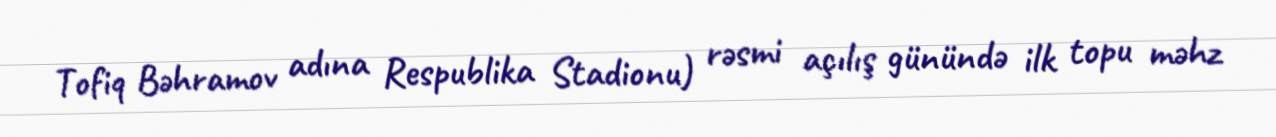
Tofiq Bəhramov adına Respublika Stadionu) rəsmi açılış günündə ilk topu məhz